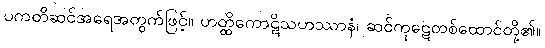
ပကတိဆင်အရေအတွက်ဖြင့်။ ဟတ္ထိကောဋိသဟဿာနံ၊ ဆင်ကုဋေတစ်ထောင်တို့၏။